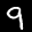
Label: 9